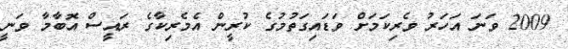
2009 ވަނަ އަހަރު ވެރިކަމަށް ވަޑައިގަތުމުގެ ކުރީން އެމެރިކާގެ ރައީސް އޮބާމާ ވަނީ